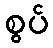
စွပ်